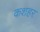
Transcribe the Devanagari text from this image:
कशहर